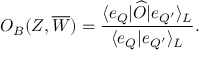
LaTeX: { \cal O } _ { B } ( Z , \overline { { { W } } } ) = { \frac { \langle e _ { { \cal Q } } | \widehat { \cal O } | e _ { { \cal Q } ^ { \prime } } \rangle _ { \cal L } } { \langle e _ { { \cal Q } } | e _ { { \cal Q } ^ { \prime } } \rangle _ { \cal L } } } .